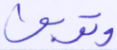
وتوبوا